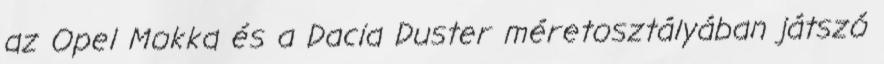
az Opel Mokka és a Dacia Duster méretosztályában játszó